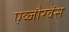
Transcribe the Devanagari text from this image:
एब्जौरबेंस